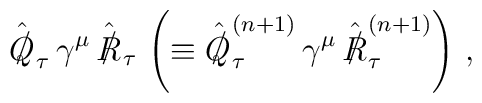
\hat{{Q\kern-0.1em\raise0.3ex\llap{/}\kern0.15em\relax}}_\tau \, \gamma^\mu \, \hat{{R\kern-0.1em\raise0.3ex\llap{/}\kern0.15em\relax}}_\tau \, \left( \equiv \hat{{Q\kern-0.1em\raise0.3ex\llap{/}\kern0.15em\relax}}_\tau^{(n + 1)} \, \gamma^\mu \, \hat{{R\kern-0.1em\raise0.3ex\llap{/}\kern0.15em\relax}}_\tau^{(n + 1)} \right) \, ,